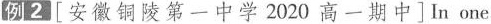
例 2 [ 安徽铜陵第一中学 2020 高一期中] In one